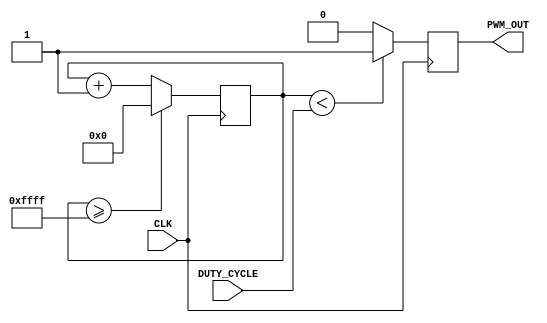
`timescale 1ns / 1ps
//////////////////////////////////////////////////////////////////////////////////
// Company: 
// Engineer: 
// 
// Design Name: 
// Module Name:    PWM16 
// Project Name: 
// Target Devices: 
// Tool versions: 
// Description: 
//
// Dependencies: 
//
// Revision: 
// Revision 0.01 - File Created
// Additional Comments: 
//
//////////////////////////////////////////////////////////////////////////////////
module PWM(
    input CLK, // input clock
    input [15:0] DUTY_CYCLE, // 0-65535 duty cycle (65535 means 100% output)
    output PWM_OUT
    );
	 
	 // pwm to output
	 
	 reg [15:0] cycle; // 65535
	 
	 reg pwm;
	 assign PWM_OUT = pwm;
	 initial begin
		cycle = 0;
		pwm = 0;
	 end
	 
	 parameter CYCLE_SIZE = 65535; // tune this to fit exact
	 
	 // PWM signal 
	 always @(posedge CLK) begin
	   // cycle incrementer
		cycle <= (cycle >= CYCLE_SIZE) ? 0 : cycle+1;
		
		// assign pwm based on percentage (duty cycle) of the cycle size
		// for advanced
		pwm <= (cycle < DUTY_CYCLE) ? 1 : 0;
		// ^^ Complex expression
	 end
endmodule